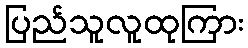
ပြည်သူလူထုကြား